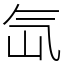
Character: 氙